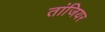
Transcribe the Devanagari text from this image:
तांजियर